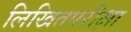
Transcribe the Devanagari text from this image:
लिखितपरीक्षा